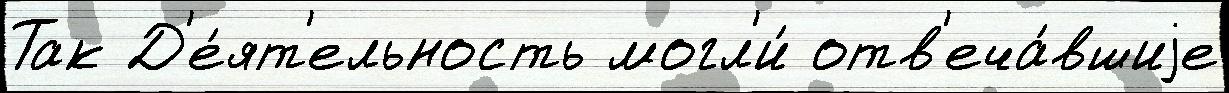
Так Д'е́ят'ельность могл'и́ отв'еча́вшиjе